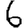
Digit: 6